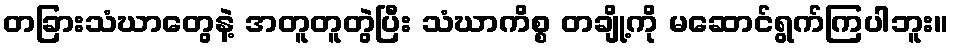
တခြားသံဃာတွေနဲ့ အတူတူတွဲပြီး သံဃာကိစ္စ တချို့ကို မဆောင်ရွက်ကြပါဘူး။